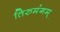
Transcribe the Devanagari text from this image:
तिरुमंगम्‌